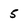
Character: 5